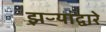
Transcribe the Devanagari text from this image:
झऱ्यांद्वारे